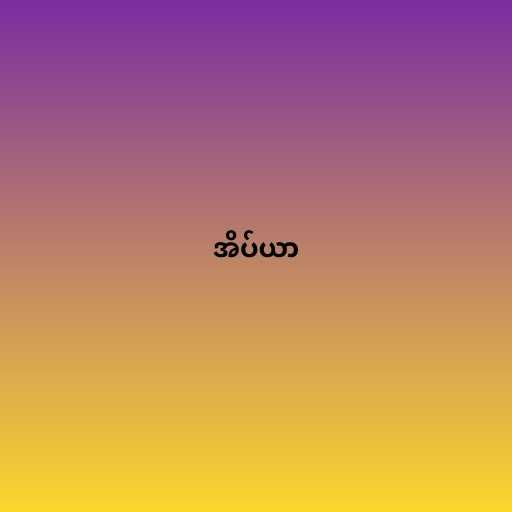
အိပ်ယာ